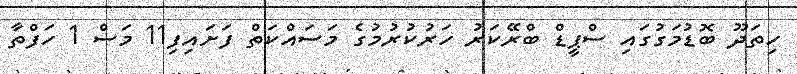
ހިތަދޫ ބޮޑުމަގުގައި ސްޕީޑް ބްރޭކަރު ހަރުކުރުމުގެ މަސައްކަތް ފަށައިފި11 މަސް 1 ހަފްތާ